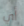
أي